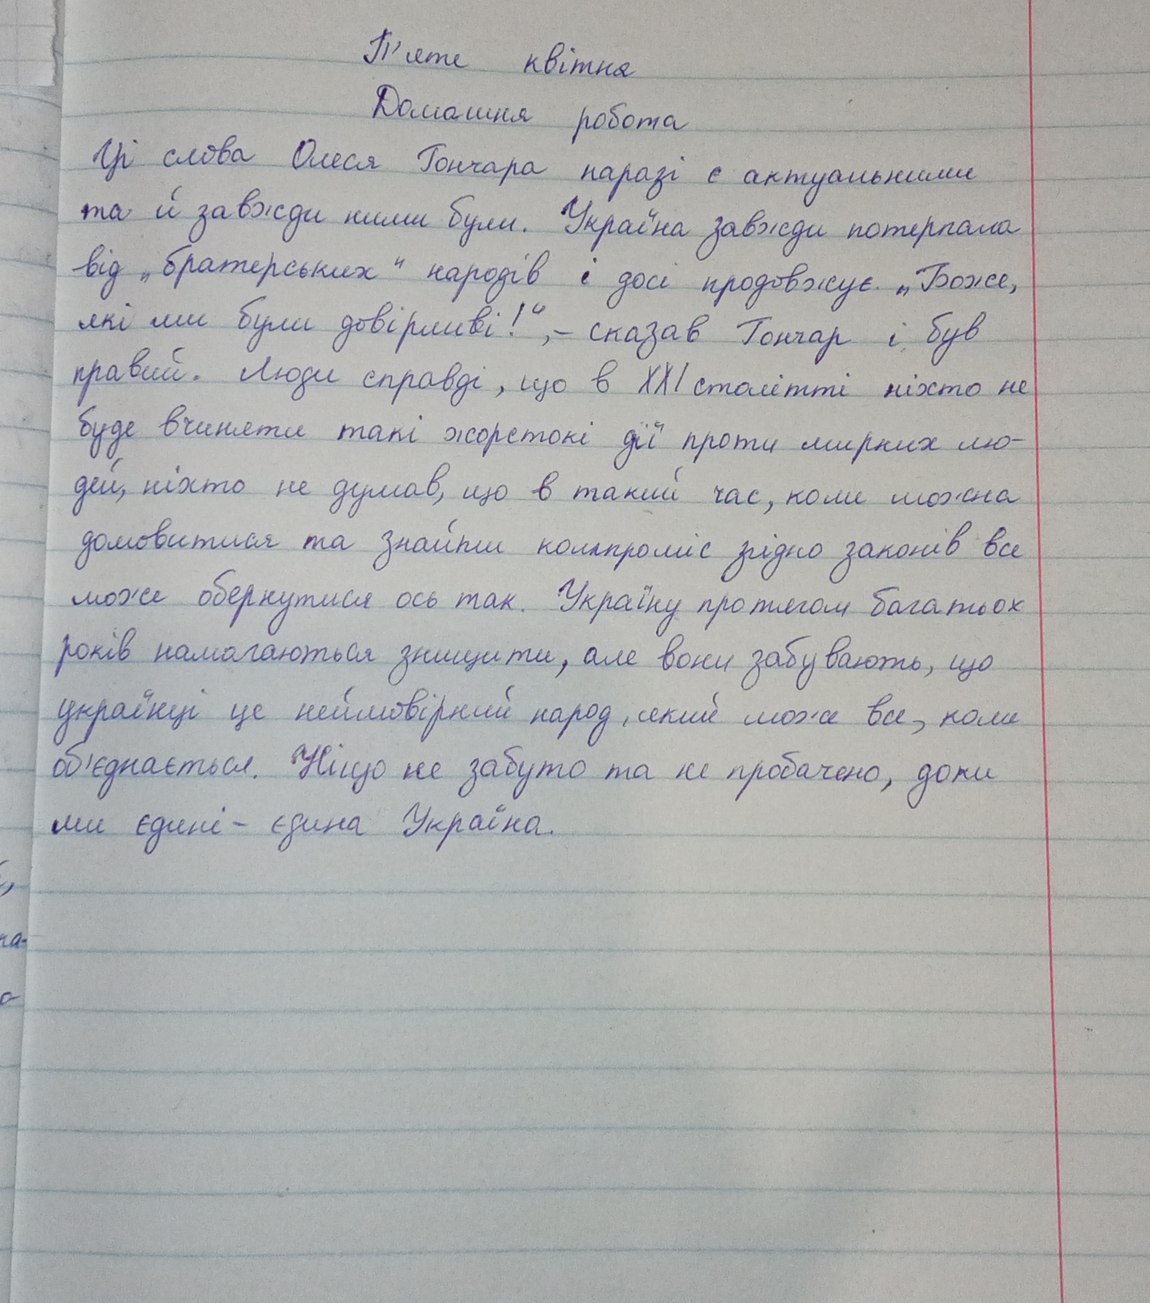
П'яте квітня
Домашня робота
Ці слова Олеся Гончара наразі є актуальними
та й завжди ними були. Україна завжди потерпала
від "братерських" народів і досі продовжує "Боже,
які ми були довірливі!", - сказав Гончар і був
правий. Люди справді, що в XXI столітті ніхто не
буде вчиняти такі жорстокі дії проти мирних лю-
дей, ніхто не думав, що в такий час, коли можна
домовитися та знайти компроміс згідно законів все
може обернутися ось так. Україну протягом багатьох
років намагаються знищити, але вони забувають, що
українці це неймовірний народ, який може все, коли
об'єднається. Ніщо не забуто та не пробачено, доки
ми єдині - єдина Україна.